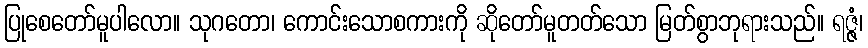
ပြုစေတော်မူပါလော။ သုဂတော၊ ကောင်းသောစကားကို ဆိုတော်မူတတ်သော မြတ်စွာဘုရားသည်။ ရဇ္ဇံ၊